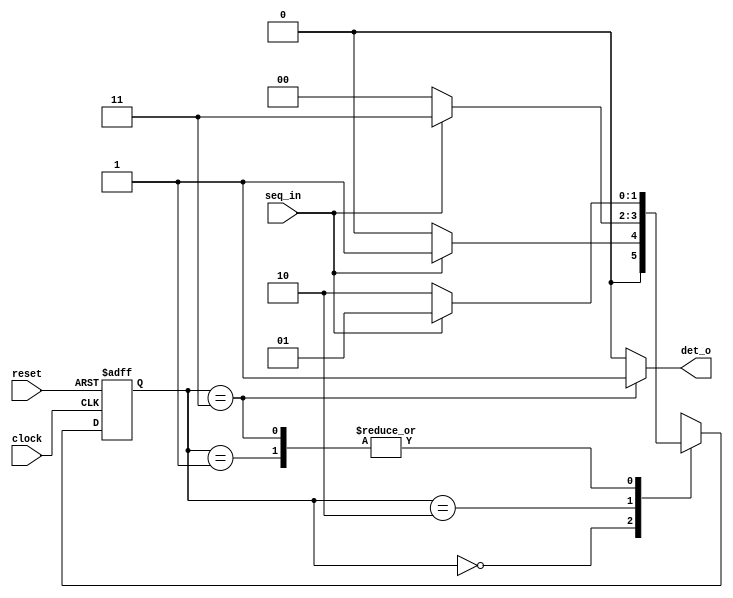

module seq_dect(seq_in,
	       clock,
	       reset,
	       det_o);
								 
   parameter IDLE   = 2'b00,
	     STATE1 = 2'b01,
	     STATE2 = 2'b10,
	     STATE3 = 2'b11;
   input seq_in,clock,reset;
   output det_o;

    reg [1:0]state,next_state;

   always@(posedge clock,posedge reset)
      begin
	 if(reset)
	    state <= IDLE;
	 else
	    state <= next_state;
      end
  
   always@(state,seq_in)
      begin
	 case(state)
	    IDLE   : 
                      if(seq_in==1) 
		         next_state=STATE1;
	              else
	                 next_state=IDLE;
	    STATE1 : 
                      if(seq_in==0)
	                 next_state=STATE2;
	              else
	                 next_state=STATE1;
	    STATE2 :
                      if(seq_in==1)
	                 next_state=STATE3;
	              else 
	                 next_state=IDLE;
	    STATE3 : 
                      if(seq_in==1)
	                 next_state=STATE1;
	              else 
	                 next_state=STATE2;
	    default: 
                      next_state=IDLE;
	 endcase
      end

   assign det_o = (state ==  STATE3) ? 1'b1:1'b0;

endmodule